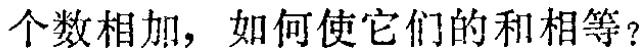
个数相加，如何使它们的和相等？